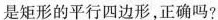
是矩形的平行四边形，正确吗？